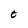
Character: t